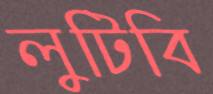
লুটিবি